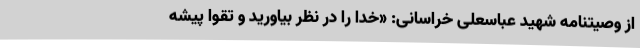
از وصیتنامه شهید عباسعلی خراسانی: «خدا را در نظر بیاورید و تقوا پیشه